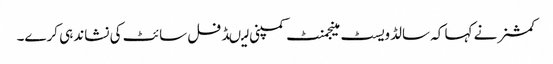
کمشنر نے کہا کہ سالڈویسٹ مینجمنٹ کمپنی لیںڈ فل سائٹ کی نشاندہی کرے۔